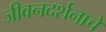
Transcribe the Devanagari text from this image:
जीवनदर्शनाचे